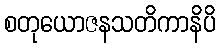
စတုယောဇနသတိကာနိပိ